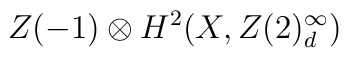
Z(-1)\otimes{}H^{2}(X,Z(2)^{\infty}_{d})